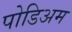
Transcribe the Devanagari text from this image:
पोडिअम